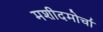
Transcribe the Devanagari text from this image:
मशीदमोर्चा